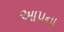
આપના